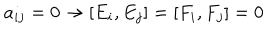
LaTeX: a _ { i j } = 0 \rightarrow [ E _ { i } , E _ { j } ] = [ F _ { i } , F _ { j } ] = 0